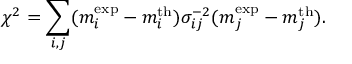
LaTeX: \chi ^ { 2 } = \sum _ { i , j } ( m _ { i } ^ { \mathrm { e x p } } - m _ { i } ^ { \mathrm { t h } } ) \sigma _ { i j } ^ { - 2 } ( m _ { j } ^ { \mathrm { e x p } } - m _ { j } ^ { \mathrm { t h } } ) .